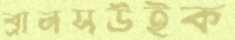
ব্রানসউইক